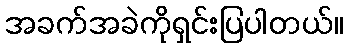
အခက်အခဲကိုရှင်းပြပါတယ်။